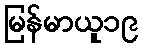
မြန်မာယူ၁၉